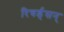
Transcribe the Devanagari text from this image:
रिचर्ड्‌सन्‌